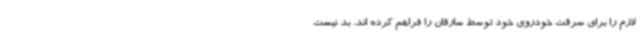
لازم را برای سرقت خودروی خود توسط سارقان را فراهم کرده اند. بد نیست